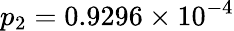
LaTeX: p_{2}=0.9296\times 10^{-4}